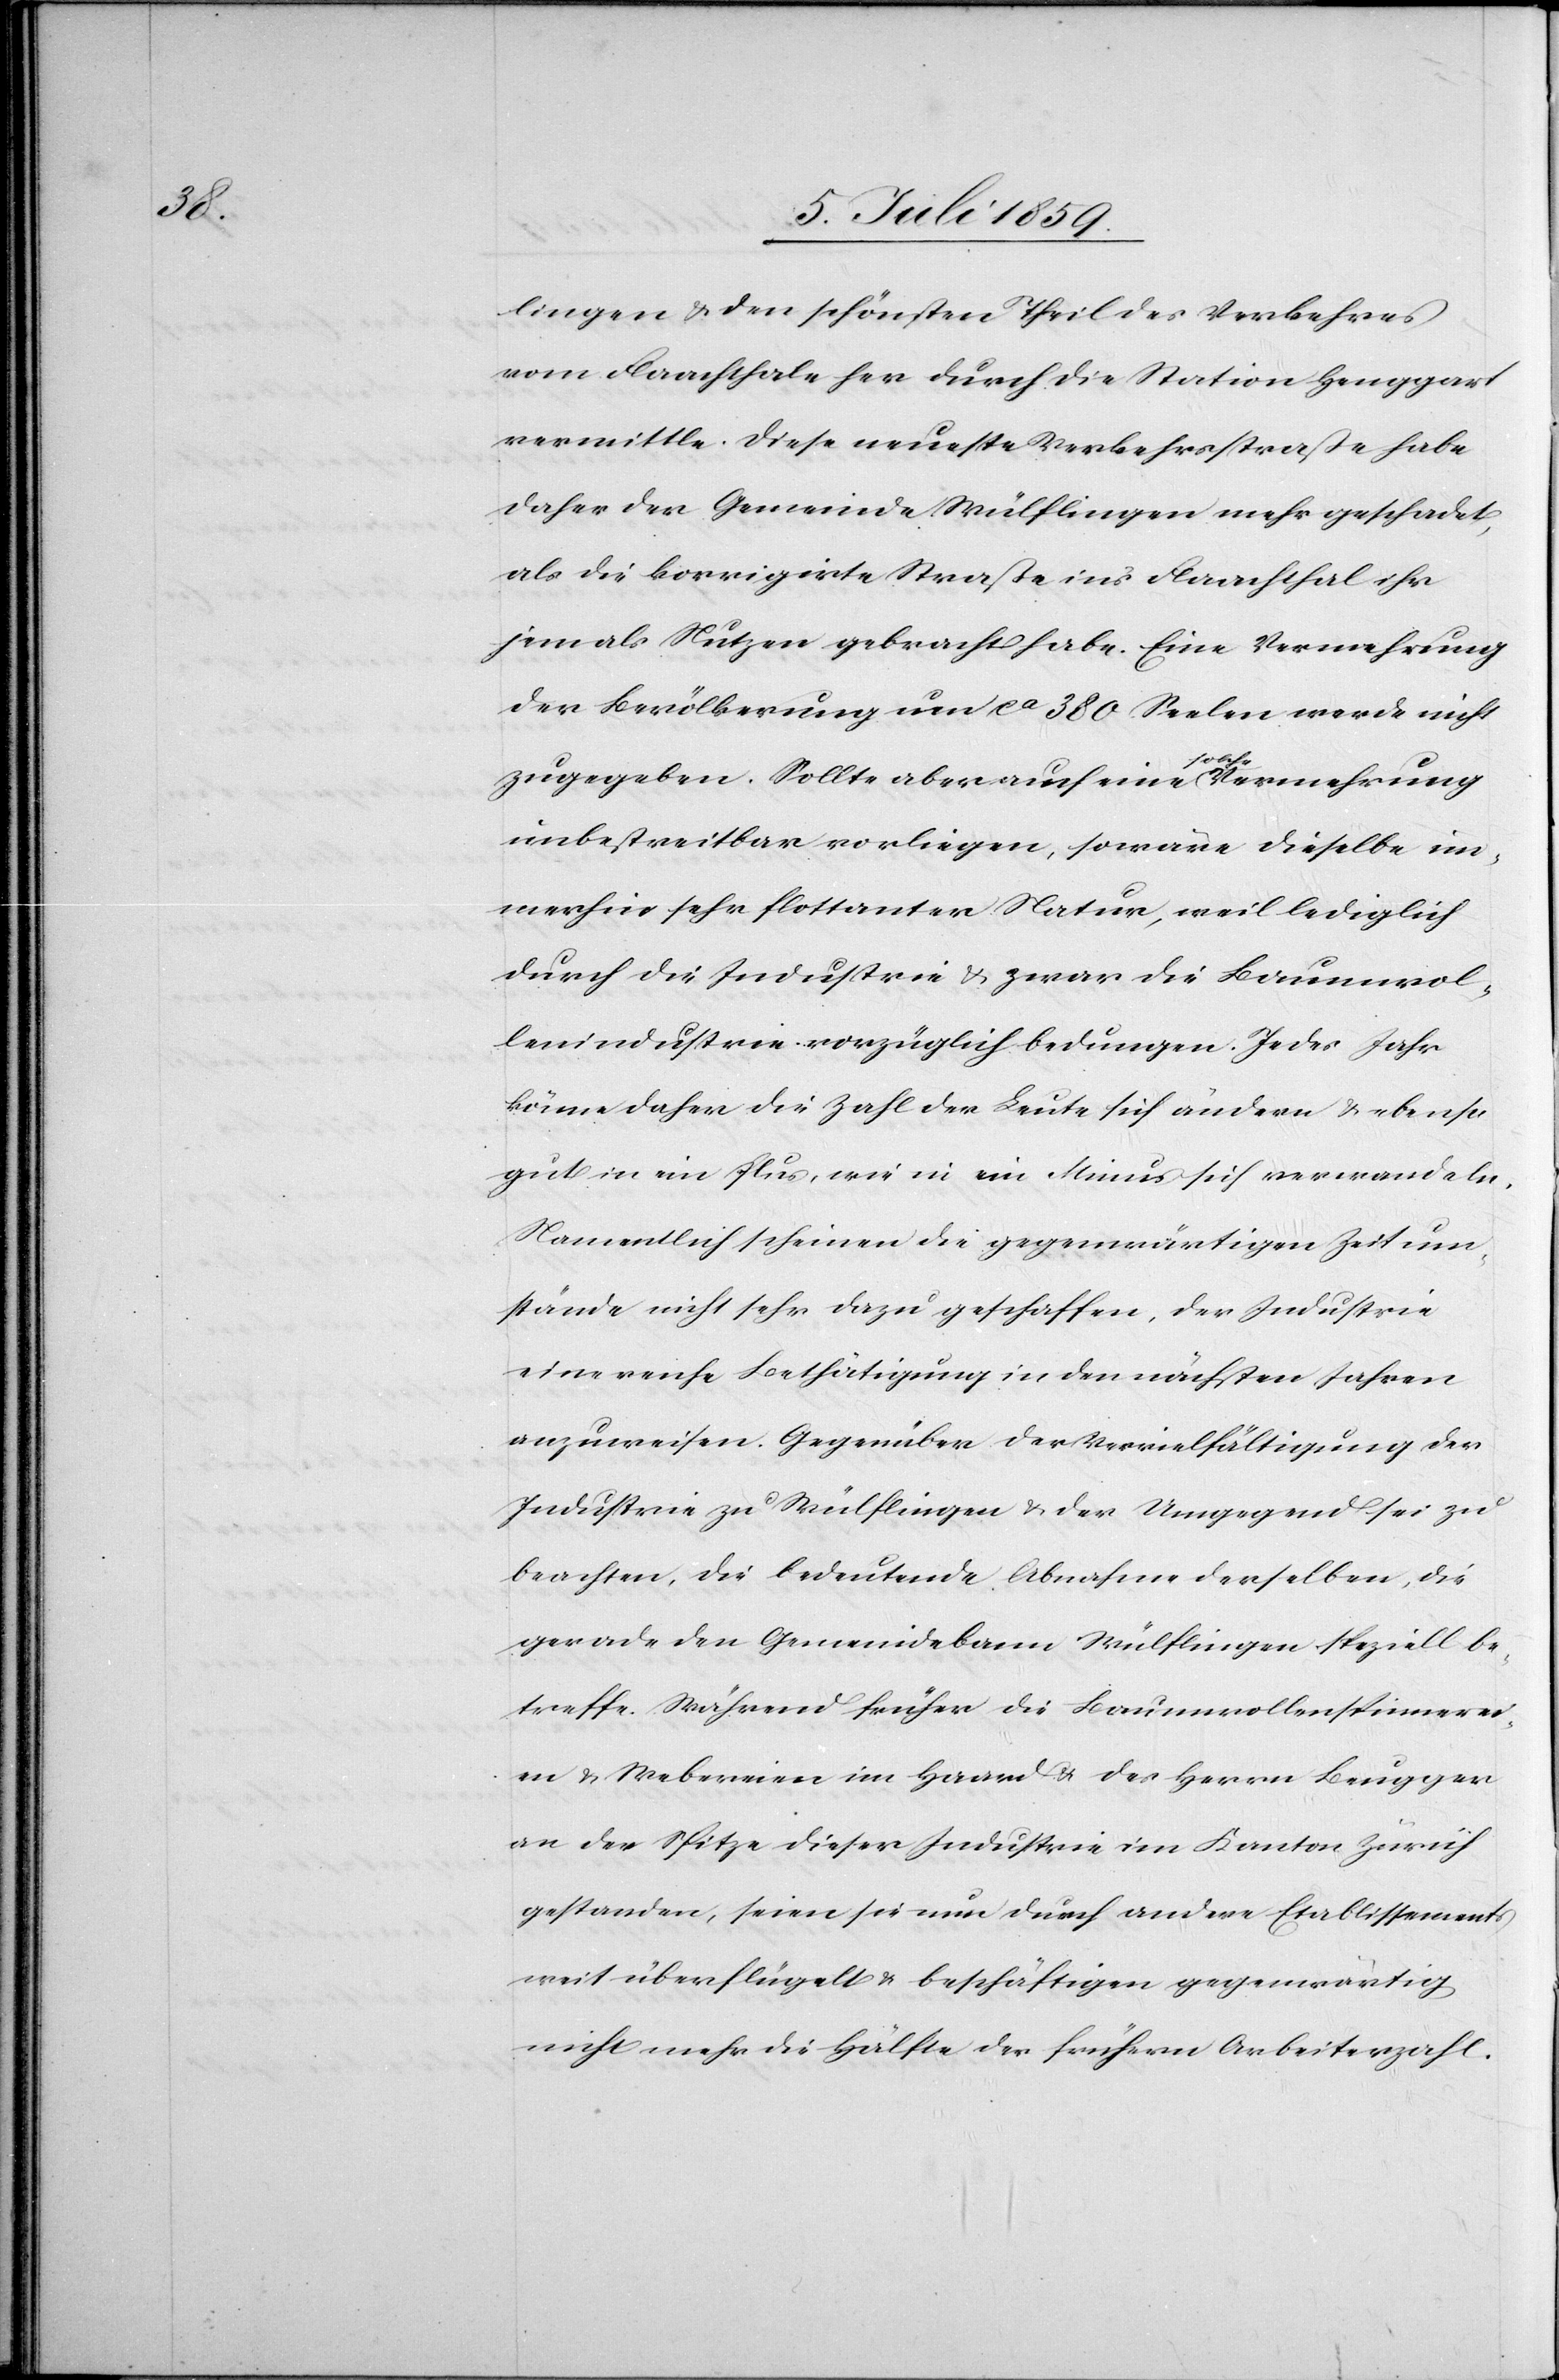
lingen u. den schönsten Theil des Verkehres
vom Flaachthale her durch die Station Henggart
vermittle. Diese neueste Verkehrsstraße habe
daher der Gemeinde Wülflingen mehr geschadet,
als die korrigierte Straße ins Flaachthal ihr
jemals Nutzen gebracht habe. Eine Vermehrung
der Bevölkerung um ca. 380 Seelen werde nicht
zugegeben. Sollte aber auch eine solche Vermehrung
unbestreitbar vorliegen, so wäre dieselbe im¬
merhin sehr flottanter Natur, weil lediglich
durch die Industrie u. zwar die Baumwol¬
lenindustrie vorzüglich bedungen. Jedes Jahr
könne daher die Zahl der Leute sich ändern u. ebenso
gut in ein Plus, wie in ein Minus sich verwandeln.
Namentlich scheinen die gegenwärtigen Zeitum¬
stände nicht sehr dazu geschaffen, der Industrie
eine reiche Bethätigung in den nächsten Jahren
anzuweisen. Gegenüber der Vervielfältigung der
Industrie zu Wülflingen u. der Umgegend sei zu
beachten, die bedeutende Abnahme derselben, die
gerade den Gemeindebann Wülflingen speziell be¬
treffe. Während früher die Baumwollenspinnerei¬
en u. Webereien im Haard u. des Herrn Beugger
an der Spitze dieser Industrie im Kanton Zürich
gestanden, seien sie nun durch andere Etablissements
weit überflügelt u. beschäftigen gegenwärtig
nicht mehr die Hälfte der frühern Arbeiterzahl.